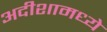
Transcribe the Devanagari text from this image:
अदीशामध्ये